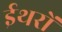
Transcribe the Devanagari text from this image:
ईथरों